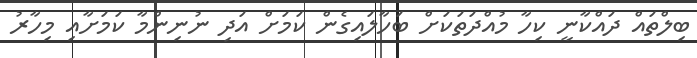
ބިލްތައް ދައްކާނީ ކިހާ މުއްދަތަކަށް ބަހާލައިގެން ކަމަށް އަދި ނުނިންމާ ކަމަށާއި މިހާރު